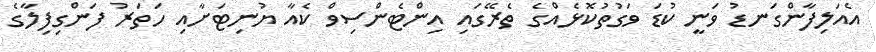
އެއަލިފާންގަނޑު ވަނީ ކުޑަ ވަގުތުކޮޅެއްގެ ތެރޭގައި އިންޓެންސިވް ކެއާ ޔުނިޓަށާއި ހަތަރު ފަންގިފިލާގެ